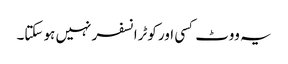
یہ ووٹ کسی اور کوٹرانسفر نہیں ہو سکتا۔